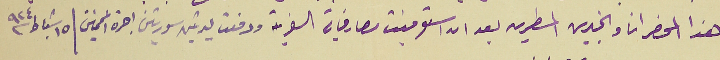
هذا المحضر انا والخبيرين المسطرين بعد ان استوفيت مصارفاتي السفرية ودفعت ليرتين سوريتين اجرة المخمنين / ١٥ شباط سنة ٩٢٤